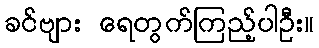
ခင်ဗျား ရေတွက်ကြည့်ပါဦး။